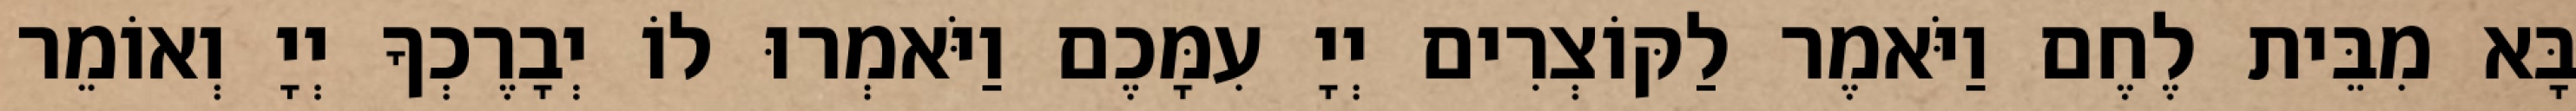
בָּא מִבֵּית לֶחֶם וַיֹּאמֶר לַקּוֹצְרִים יְיָ עִמָּכֶם וַיֹּאמְרוּ לוֹ יְבָרֶכְךָ יְיָ וְאוֹמֵר